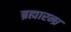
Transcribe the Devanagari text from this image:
ब्रह्मारन्ध्र